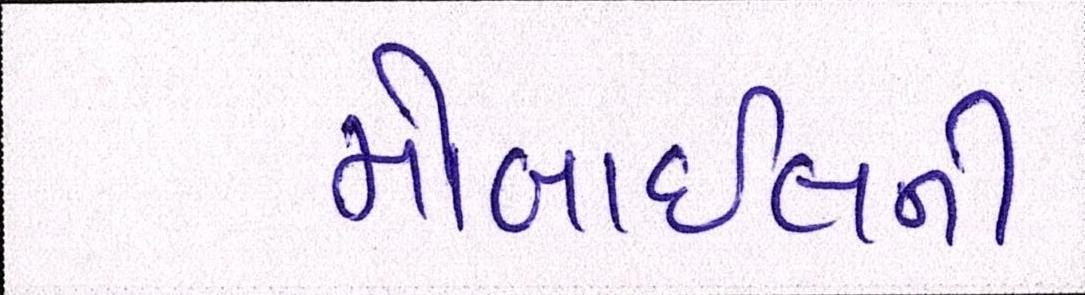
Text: મોબાઇલની